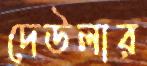
দেউলার